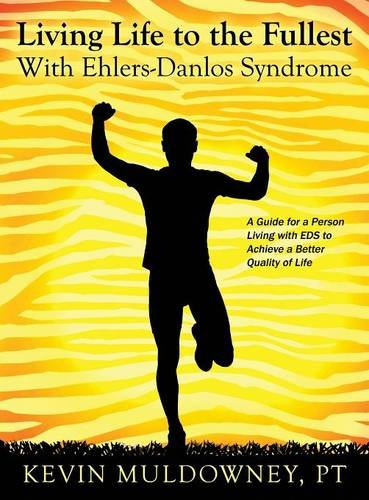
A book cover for Living Life to the Fullest with Ehlers-Danlos Syndrome: Guide to Living a Better Quality of Life While Having EDS; PT Kevin Muldowney; Medical Books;